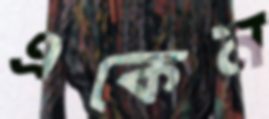
একেন